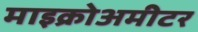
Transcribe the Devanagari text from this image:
माइक्रोअमीटर